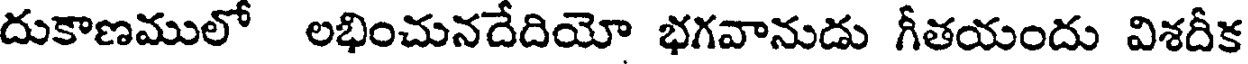
దుకాణములో లభించునదేదియో భగవానుడు గీతయందు విశదీక